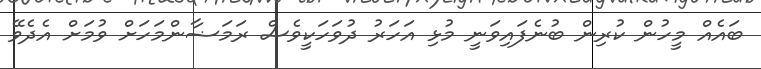
ބައެއް މީހުން ކުރިން ބުނެފައިވަނީ މުޅި އަހަރު ދުވަހަކީވެސް ރަމަޟާންމަހަށް ވުމަށް އެދެވޭ